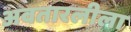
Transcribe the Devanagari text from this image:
अवतारलीला